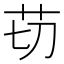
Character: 苆